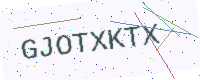
Text: GJOTXKTX